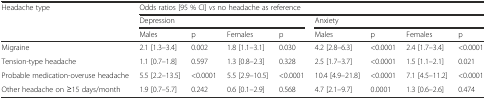
<table><thead><tr><td rowspan="3"><b>Headache type</b></td><td colspan="8"><b>Odds ratios [95 % CI] <i>vs</i> no headache as reference</b></td></tr><tr><td colspan="4"><b>Depression</b></td><td colspan="4"><b>Anxiety</b></td></tr><tr><td><b>Males</b></td><td><b>p</b></td><td><b>Females</b></td><td><b>p</b></td><td><b>Males</b></td><td><b>p</b></td><td><b>Females</b></td><td><b>p</b></td></tr></thead><tbody><tr><td>Migraine</td><td>2.1 [1.3–3.4]</td><td>0.002</td><td>1.8 [1.1–3.1]</td><td>0.030</td><td>4.2 [2.8–6.3]</td><td>&lt;0.0001</td><td>2.4 [1.7–3.4]</td><td>&lt;0.0001</td></tr><tr><td>Tension-type headache</td><td>1.1 [0.7–1.8]</td><td>0.597</td><td>1.3 [0.8–2.3]</td><td>0.328</td><td>2.5 [1.7–3.7]</td><td>&lt;0.0001</td><td>1.5 [1.1–2.1]</td><td>0.021</td></tr><tr><td>Probable medication-overuse headache</td><td>5.5 [2.2–13.5]</td><td>&lt;0.0001</td><td>5.5 [2.9–10.5]</td><td>&lt;0.0001</td><td>10.4 [4.9–21.8]</td><td>&lt;0.0001</td><td>7.1 [4.5–11.2]</td><td>&lt;0.0001</td></tr><tr><td>Other headache on ≥15 days/month</td><td>1.9 [0.7–5.7]</td><td>0.242</td><td>0.6 [0.1–2.9]</td><td>0.568</td><td>4.7 [2.1–9.7]</td><td>0.0001</td><td>1.3 [0.6–2.6]</td><td>0.474</td></tr></tbody></table>